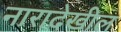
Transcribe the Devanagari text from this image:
नारादेखील